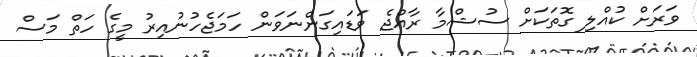
ވަރަށް ކުއްލި ގޮތަކަށް ސުޝްމާ ރާއްޖެ ވަޑައިގަންނަވަން ހަމަޖެހުނުއިރު މީގެ ހަތް މަސް